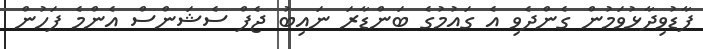
ފާޑުވިދާޅުވަމުން ގެންދެވި އެ ގައުމުގެ ބަންޑާރަ ނައިބު ޖެފް ސެޝަންސް އެންމެ ފަހުން